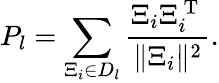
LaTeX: P_{l}=\sum_{\Xi_{i}\in D_{l}}\frac{\Xi_{i}\Xi_{i}^{\mathrm{~T~}}}{\| \Xi_{i}\| ^{2}}.